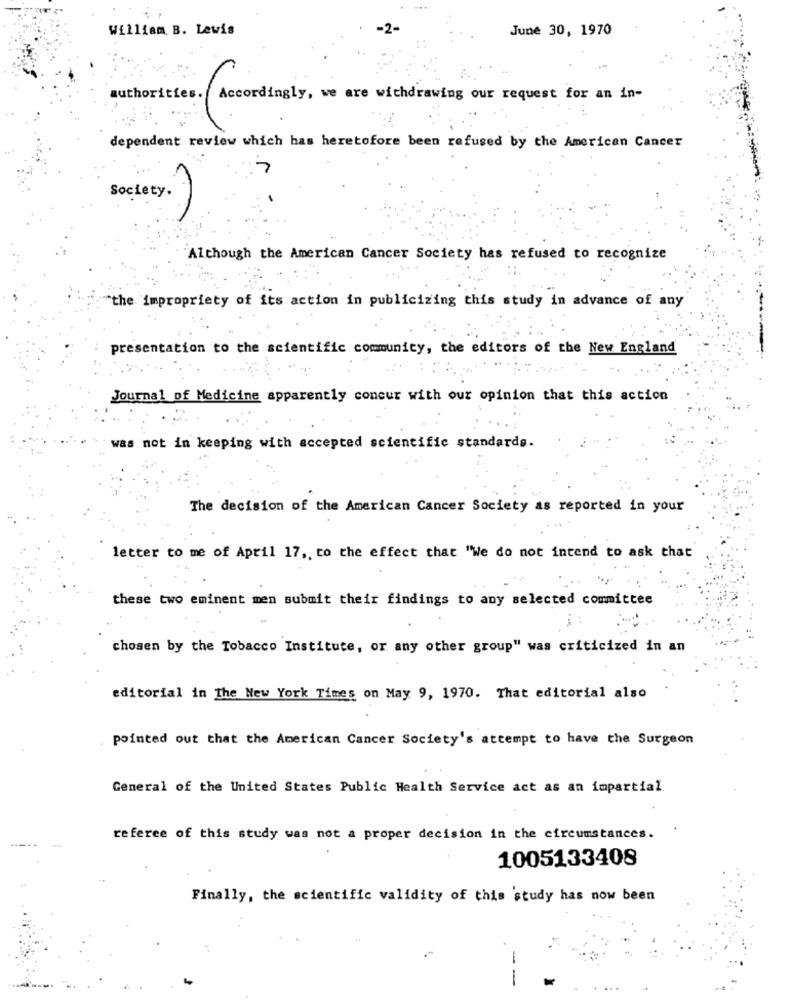
William B. Lewis
June 30, 1970
authorities. Accordingly, we are withdrawing our request for an in-
dependent review which has heretofore been refused by the American Cancer
0
Society.
Although the American Cancer Society has refused to recognize
...
"the impropriety of its action in publicizing this study in advance of any
presentation to the scientific community, the editors of the New England
. ...
Journal of Medicine apparently concur with our opinion that this action
`was not in keeping with accepted scientific standards.
The decision of the American Cancer Society as reported in your
letter to me of April 17 ,, to the effect that "We do not intend to ask that
these two eminent men submit their findings to any selected committee
chosen by the Tobacco Institute, or any other group" was criticized in an
editorial in The New York Times on May 9, 1970. That editorial also
pointed out that the American Cancer Society's attempt to have the Surgeon
General of the United States Public Health Service act as an impartial
referee of this study was not a proper decision in the circumstances.
1005133408
Finally, the scientific validity of this study has now been